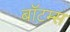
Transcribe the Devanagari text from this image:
बॉटम्स